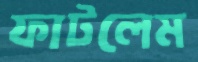
ফাটলেম